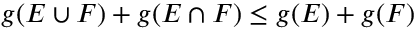
g ( E \cup F ) + g ( E \cap F ) \leq g ( E ) + g ( F )